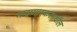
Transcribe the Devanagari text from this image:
मादागास्करमधील